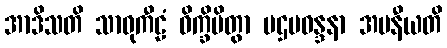
အာဒိသတိ သာဓုကီဠံ ဝိက္ခိပိတွာ ပဌမဝန္ဒနာ အပနီယတိ